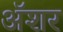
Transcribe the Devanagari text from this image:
अॅशर